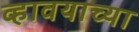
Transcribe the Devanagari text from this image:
व्हावयाच्या